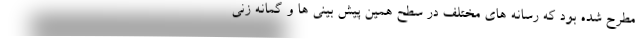
مطرح شده بود که رسانه های مختلف در سطح همین پیش بینی ها و گمانه زنی